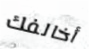
أخالفك